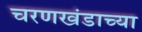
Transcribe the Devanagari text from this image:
चरणखंडाच्या